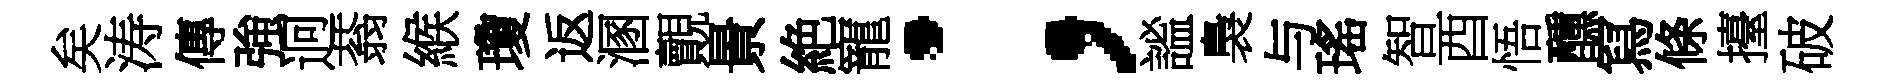
矣涛傳強迥蓊緱瓊返溷覿㬌絶寵；謐裊与瑤智酉悟醺冩條擡破